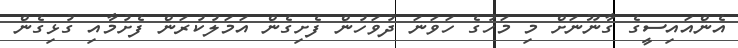
އެންއައިސީގެ ގާނޫނަށް މި މަހުގެ ހަވަނަ ދުވަހުން ފެށިގެން އަމަލުކުރަން ފެށުމާއި ގުޅިގެން